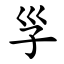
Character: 㜽